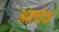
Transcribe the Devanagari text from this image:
अफ़्लेक